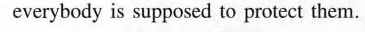
everybody is supposed to protect them.